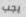
يجب